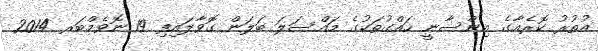
އުތުރު ކޮރެއާގެ އިންސާނީ ހައްގުތަކުގެ މައްސަލަ ބަލަން ގޮވާލައިފި 19 ނޮވެމްބަރ 2014